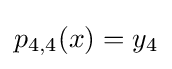
p_{4,4}(x)=y_{4}